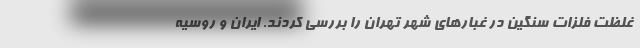
غلظت فلزات سنگین در غبارهای شهر تهران را بررسی کردند. ایران و روسیه